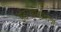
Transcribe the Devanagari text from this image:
इंटरप्राइजिज़